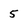
Character: 5